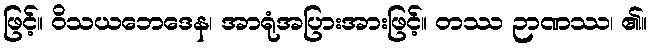
ဖြင့်။ ဝိသယဘေဒေန၊ အာရုံအပြားအားဖြင့်။ တဿ ဉာဏဿ၊ ၏။